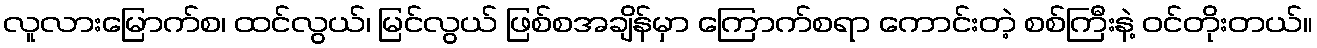
လူလားမြောက်စ၊ ထင်လွယ်၊ မြင်လွယ် ဖြစ်စအချိန်မှာ ကြောက်စရာ ကောင်းတဲ့ စစ်ကြီးနဲ့ ဝင်တိုးတယ်။